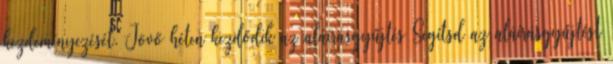
kezdeményezését. Jövő héten kezdődik az aláírásgyűjtés Segítsd az aláírásgyűjtést